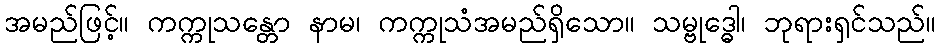
အမည်ဖြင့်။ ကက္ကုသန္တော နာမ၊ ကက္ကုသံအမည်ရှိသော။ သမ္ဗုဒ္ဓေါ၊ ဘုရားရှင်သည်။